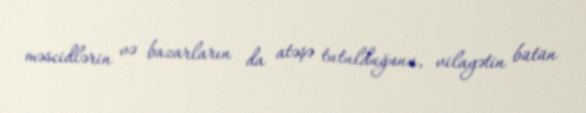
məscidlərin və bazarların da atəşə tutulduğunu, vilayətin bütün